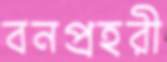
বনপ্রহরী